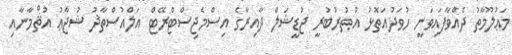
މަޢުލޫމާތު ދެއްވާފައިވަނީ ހުވަދުއަތޮޅު އުތުރުބުރީ ޖުޑީޝަލް ދާއިރާގެ އިސްމެޖިސްޓްރޭޓް އަލްއުސްތާޛު ޝުޖާޢު އުޘްމާނާއި